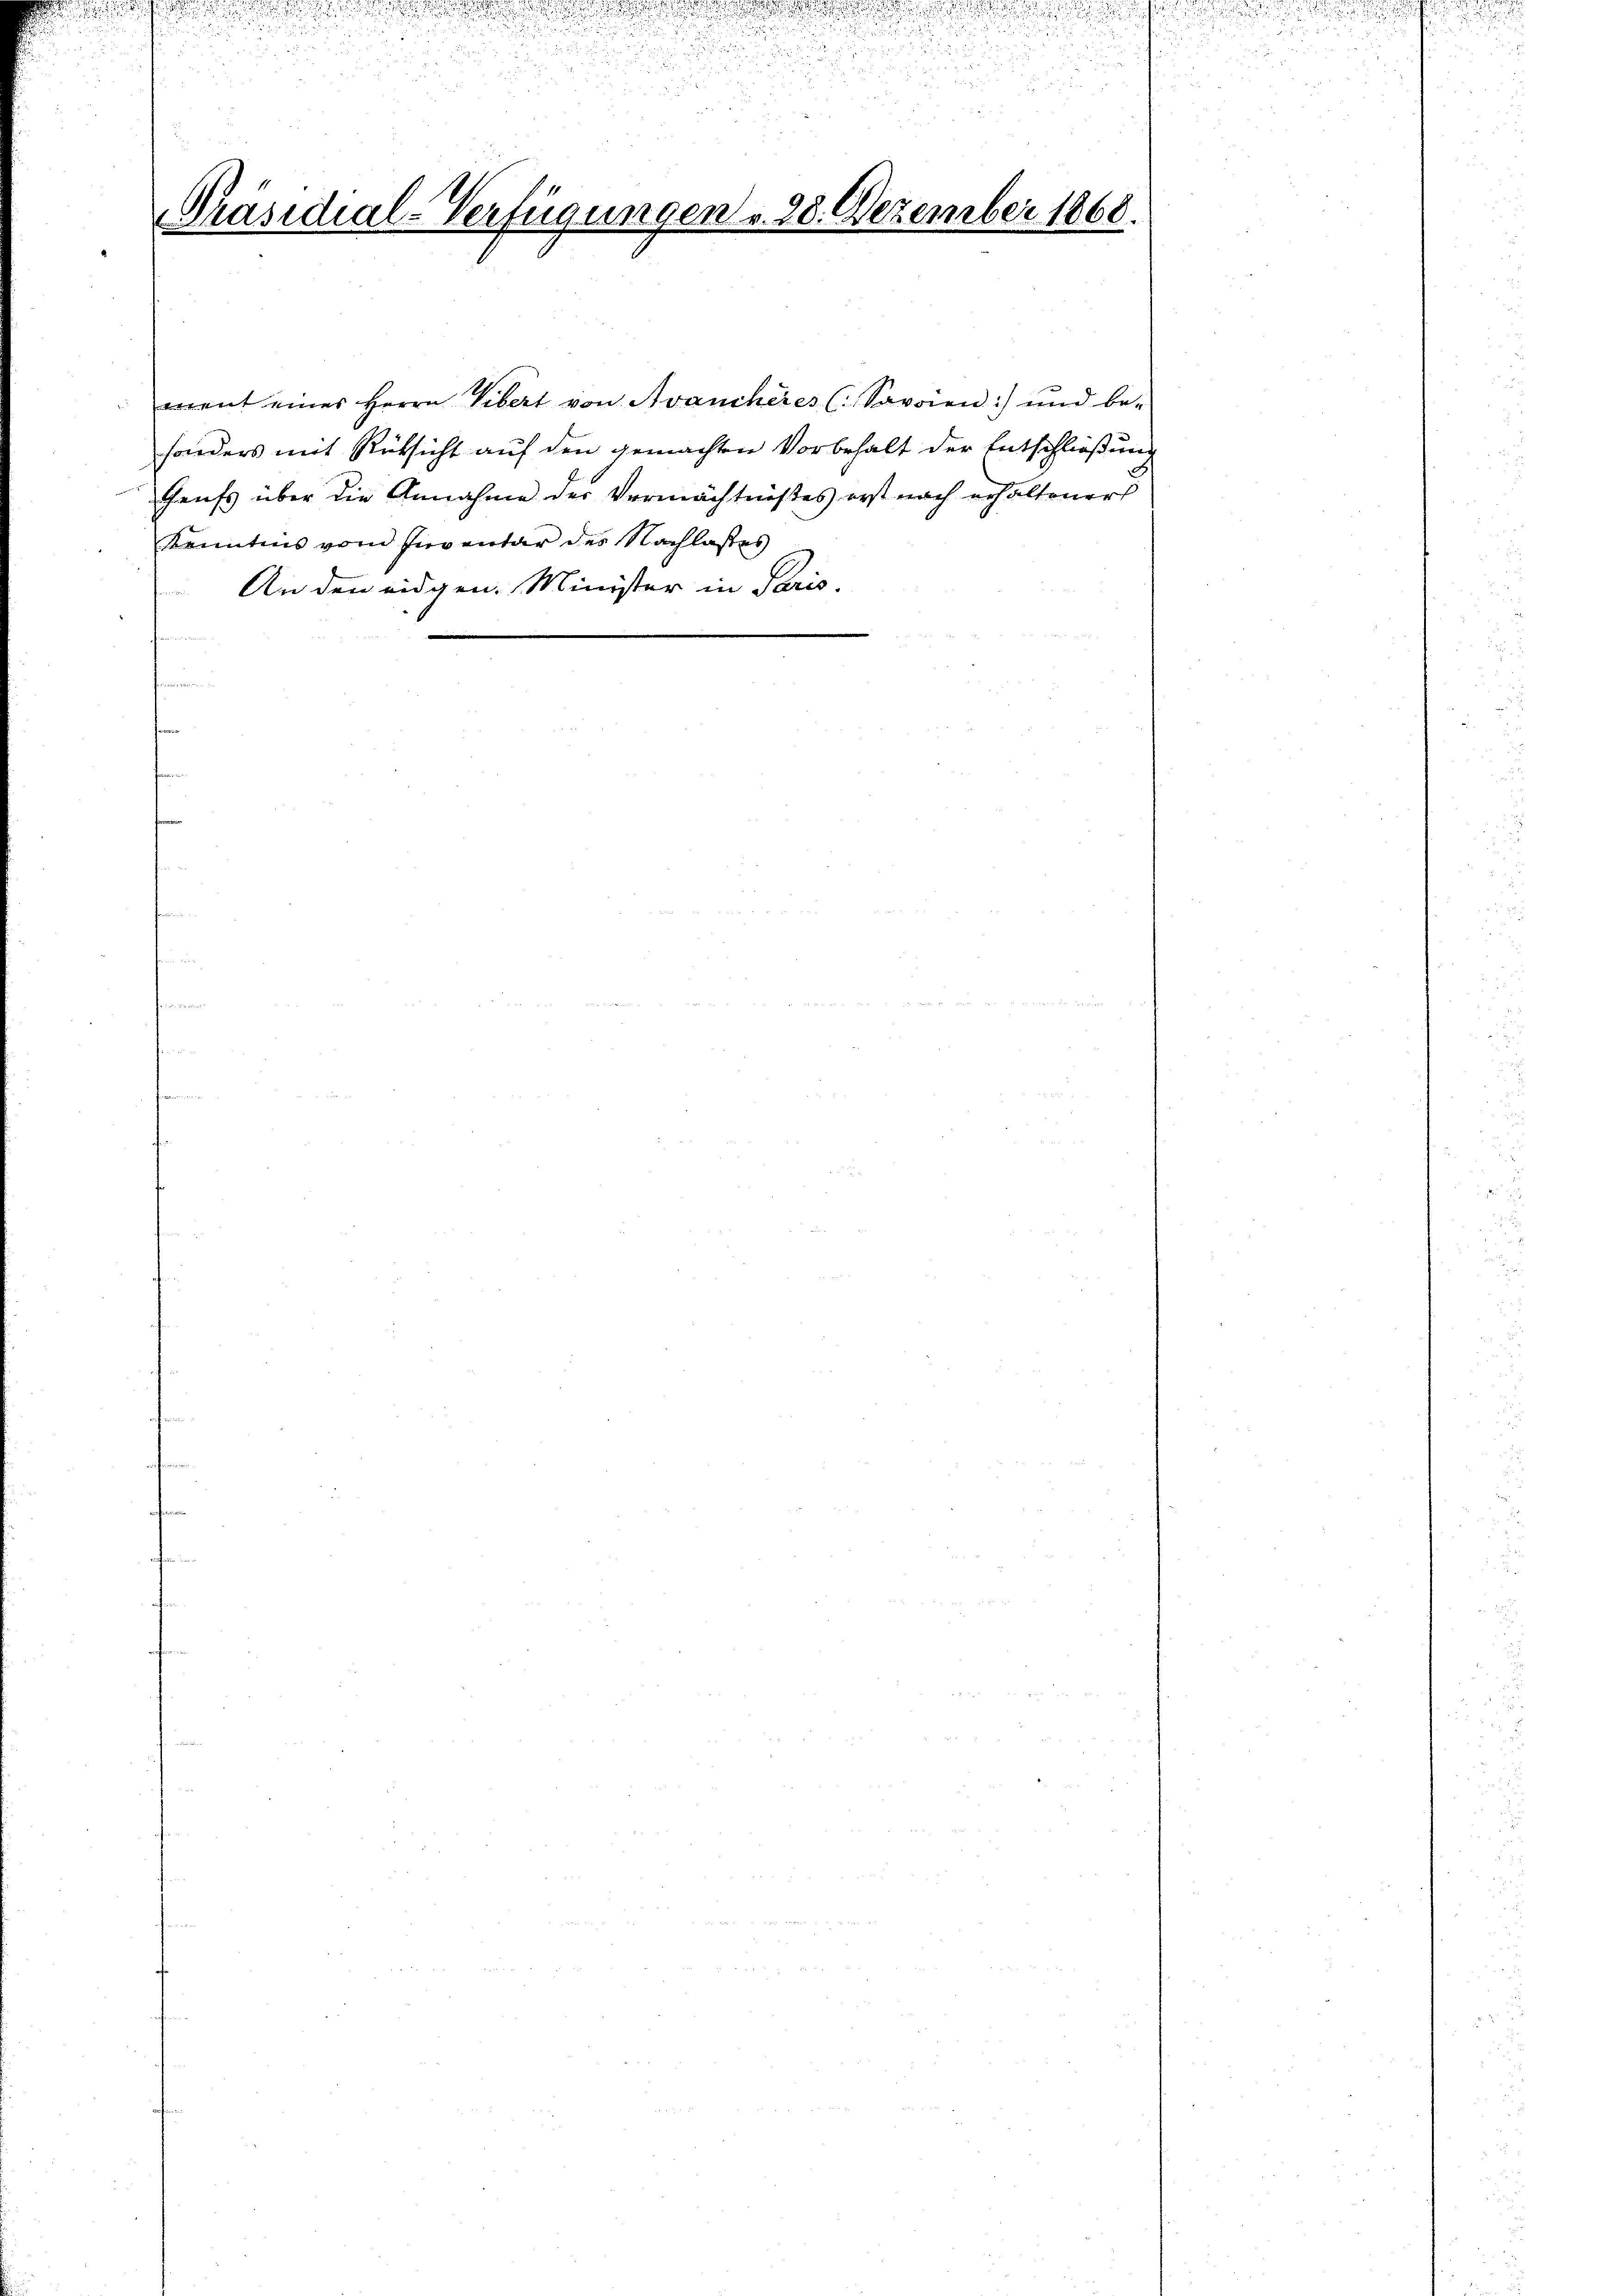
Präsidial-Verfügungen u. 28. Dezember 1868.

erient eines Herrn Vibert von Avanchères (: Savoien) und be-

sonders mit Rücksicht auf den gemachten Vorbehalt der Entschließung
Geuss über die Annahme der Vermächtnißes erst nach erhaltener
Kenntnis vom Inventar des Nachlasses
An den eidgen. Minister in Paris.